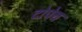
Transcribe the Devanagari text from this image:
टोपेच